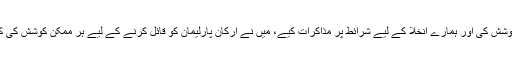
برطانوی وزیرِ اعظم نے کہا تھا میں نے ریفرینڈم کے نتائج کو عزت دینے کی کوشش کی اور ہمارے انخلا کے لیے شرائط پر مذاکرات کیے، میں نے ارکان پارلیمان کو قائل کرنے کے لیے ہر ممکن کوشش کی کہ وہ اس معاہدے کی حمایت کریں لیکن افسوس میں اس میں کامیاب نہیں ہو سکی۔